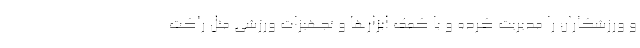
و ورزشکاران را مدیریت کرده و با کمک ابزارها و تجهیزات ورزشی مثل راکت